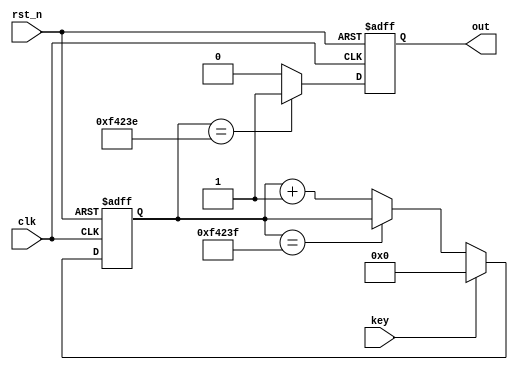
module Key_Filter 
#(
	parameter cnt_20ms_max = 32'd999_999
)
(
	input clk,
	input rst_n,
	input key,
	output reg out
);

	/*20ms*/
	reg [31:0] cnt_20ms;

	/**/
	always @(posedge clk or negedge rst_n) begin

		if(~rst_n) begin
			cnt_20ms <= 32'd0;
		end else if(key) begin
			cnt_20ms <= 32'd0;
		end else if(cnt_20ms == cnt_20ms_max) begin
			cnt_20ms <= cnt_20ms;
		end else begin
			cnt_20ms <= cnt_20ms + 32'd1;
		end
		
	end

	/*cnt_20ms*/
	always @(posedge clk or negedge rst_n) begin
		if(~rst_n) begin
			out <= 1'd0;
		end else if(cnt_20ms == cnt_20ms_max - 32'd1) begin
			out <= 1'd1;
		end else begin
			out <= 1'd0;
		end
	end

endmodule